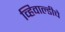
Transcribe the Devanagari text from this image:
व्हिवाल्डीचे